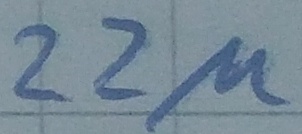
Text: 22µ